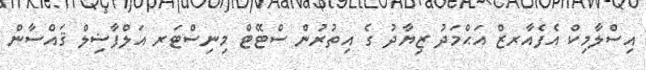
އިސްލާމިކް އެފެއާރޒް އަޙްމަދު ޒިޔާދު ގެ އިތުރުން ސްޓޭޓް މިނިސްޓަރ އަލްފާޟިލް ޤައްސާން